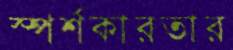
স্পর্শকারতার